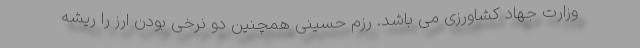
وزارت جهاد کشاورزی می باشد. رزم حسینی همچنین دو نرخی بودن ارز را ریشه